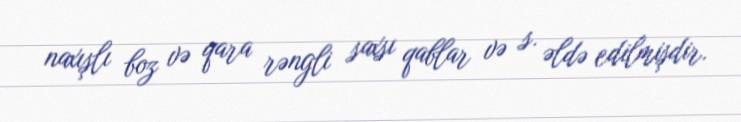
naxışlı boz və qara rəngli saxsı qablar və s. əldə edilmişdir.